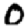
Digit: 0